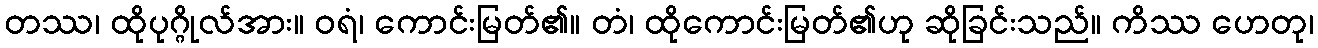
တဿ၊ ထိုပုဂ္ဂိုလ်အား။ ဝရံ၊ ကောင်းမြတ်၏။ တံ၊ ထိုကောင်းမြတ်၏ဟု ဆိုခြင်းသည်။ ကိဿ ဟေတု၊